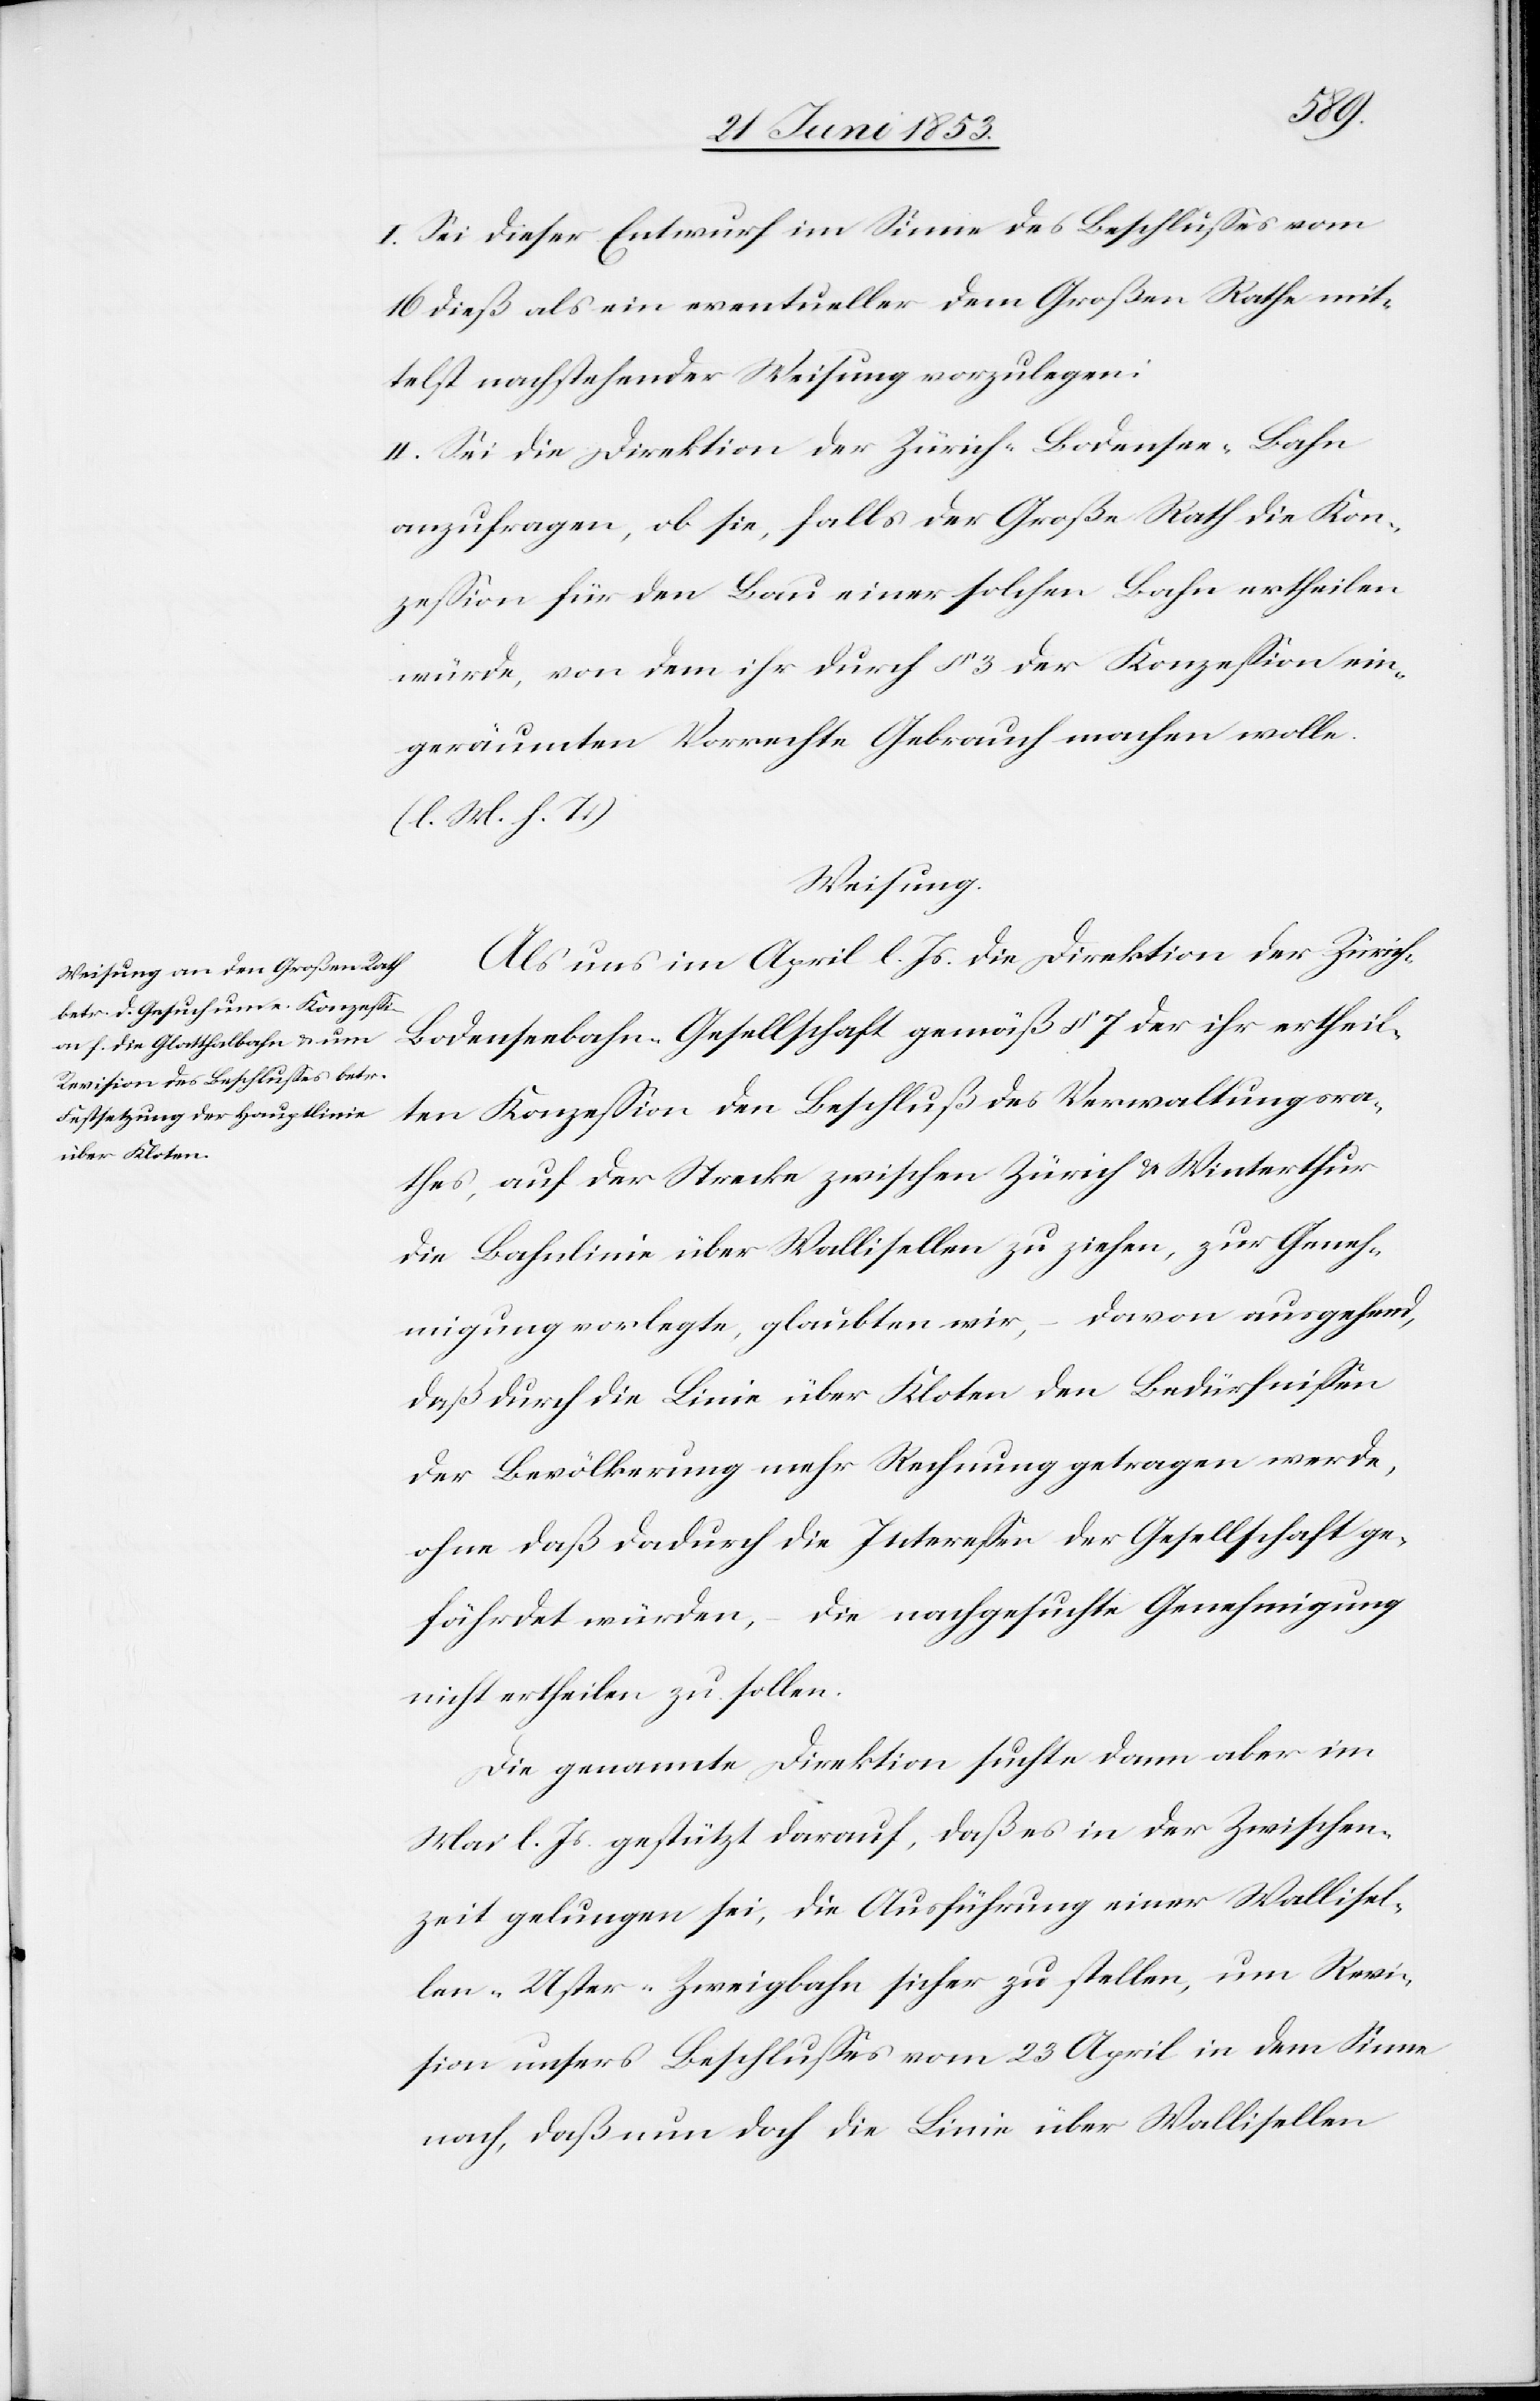
I. Sei dieser Entwurf im Sinne des Beschlußes vom
16 dieß als ein eventueller dem Großen Rathe mit¬
telst nachstehender Weisung vorzulegen:
II. Sei die Direktion der Zürich-Bodensee-Bahn
anzufragen, ob sie, falls der Große Rath die Kon¬
zeßion für den Bau einer solchen Bahn ertheilen
würde, von dem ihr durch § 3 der Konzeßion ein¬
geräumten Vorrechte Gebrauch machen wolle.
Weisung.
Als uns im April l. Js. die Direktion der Züric¬
h-Bodenseebahn-Gesellschaft gemäß § 7 der ihr ertheil¬
ten Konzeßion den Beschluß des Verwaltungsra¬
thes auf der Strecke zwischen Zürich u. Winterthur
die Bahnlinie über Wallisellen zu ziehen, zur Geneh¬
migung vorlegte, glaubten wir, – davon ausgehend,
daß durch die Linie über Kloten den Bedürfnißen
der Bevölkerung mehr Rechnung getragen werde,
ohne daß dadurch die Intereßen der Gesellschaft ge¬
fährdet würden ,– die nachgesuchte Genehmigung
nicht ertheilen zu sollen.
Die genannte Direktion suchte dann aber im
Mai l. Js. gestützt darauf, daß es in der Zwischen¬
zeit gelungen sei, die Ausführung einer Wallisel¬
len-Uster-Zweigbahn sicher zu stellen, um Revi¬
sion unsers Beschlußes vom 23 April in dem Sinne
nach, daß nun doch die Linie über Wallisellen